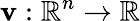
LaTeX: \mathbf{v}:\mathbb{{R}}^{n}\to\mathbb{{R}}